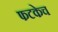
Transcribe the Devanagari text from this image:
फटकेच